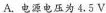
A.电源电压为 4.5 V